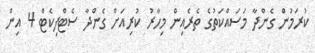
ކުރަމުން ގެންދާ މަސައްކަތުގެ ތެރެއިން މިހާރު ކުރިއަށް ގެންދާ ސެޓްފިކެޓް 4 އިން